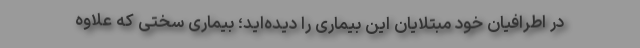
در اطرافیان خود مبتلایان این بیماری را دیده‌اید؛ بیماری سختی که علاوه